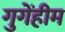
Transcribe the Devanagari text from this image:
गुगेंहीम